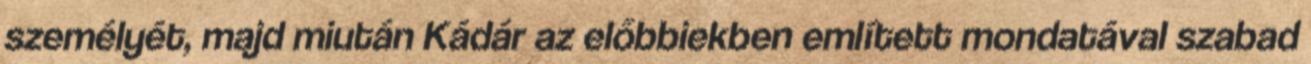
személyét, majd miután Kádár az előbbiekben említett mondatával szabad